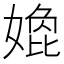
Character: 嫓